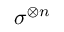
\sigma ^ { \otimes n }